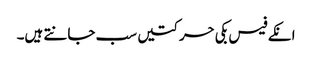
انکے فیس بکی حرکتیں سب جانتے ہیں۔